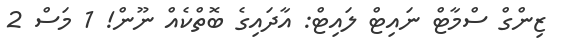
ޒިންގް ސްމާޓް ނައިޓް ލައިޓް: އާދައިގެ ބޮތްކެއް ނޫން! 1 މަސް 2